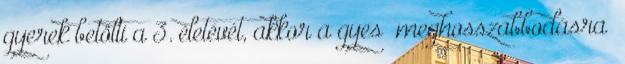
gyerek betölti a 3. életévét, akkor a gyes „meghosszabbodásra”